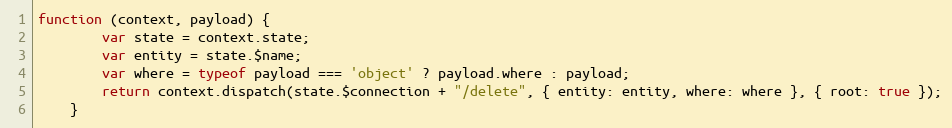
Language: JavaScript
function (context, payload) {
        var state = context.state;
        var entity = state.$name;
        var where = typeof payload === 'object' ? payload.where : payload;
        return context.dispatch(state.$connection + "/delete", { entity: entity, where: where }, { root: true });
    }